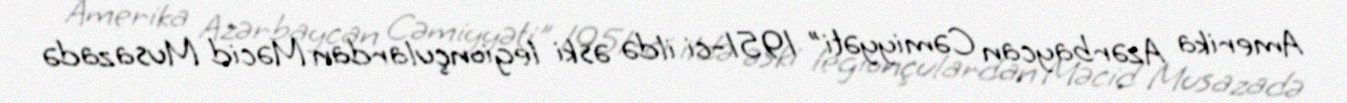
Amerika Azərbaycan Cəmiyyəti" 1951-ci ildə əski legionçulardan Məcid Musazadə